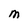
Character: M